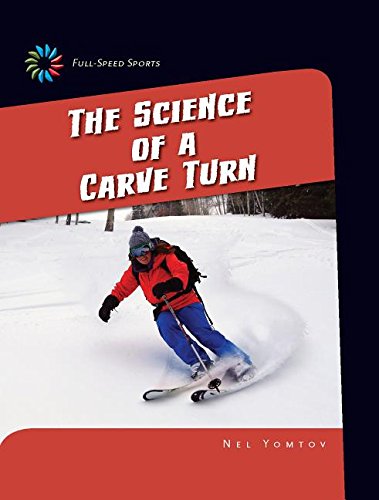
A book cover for The Science of a Carve Turn (21st Century Skills Library: Full-Speed Sports); Nel Yomtov; Children's Books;